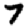
Digit: 7